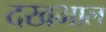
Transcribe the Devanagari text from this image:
दखभाल